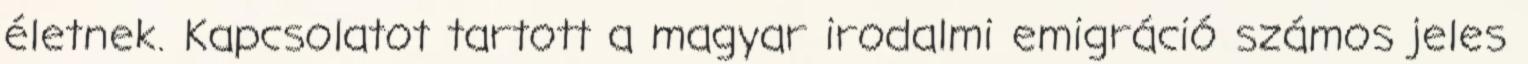
életnek. Kapcsolatot tartott a magyar irodalmi emigráció számos jeles